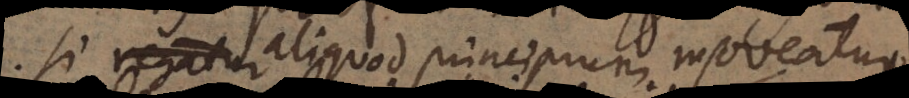
Si aliquod principium moveatur